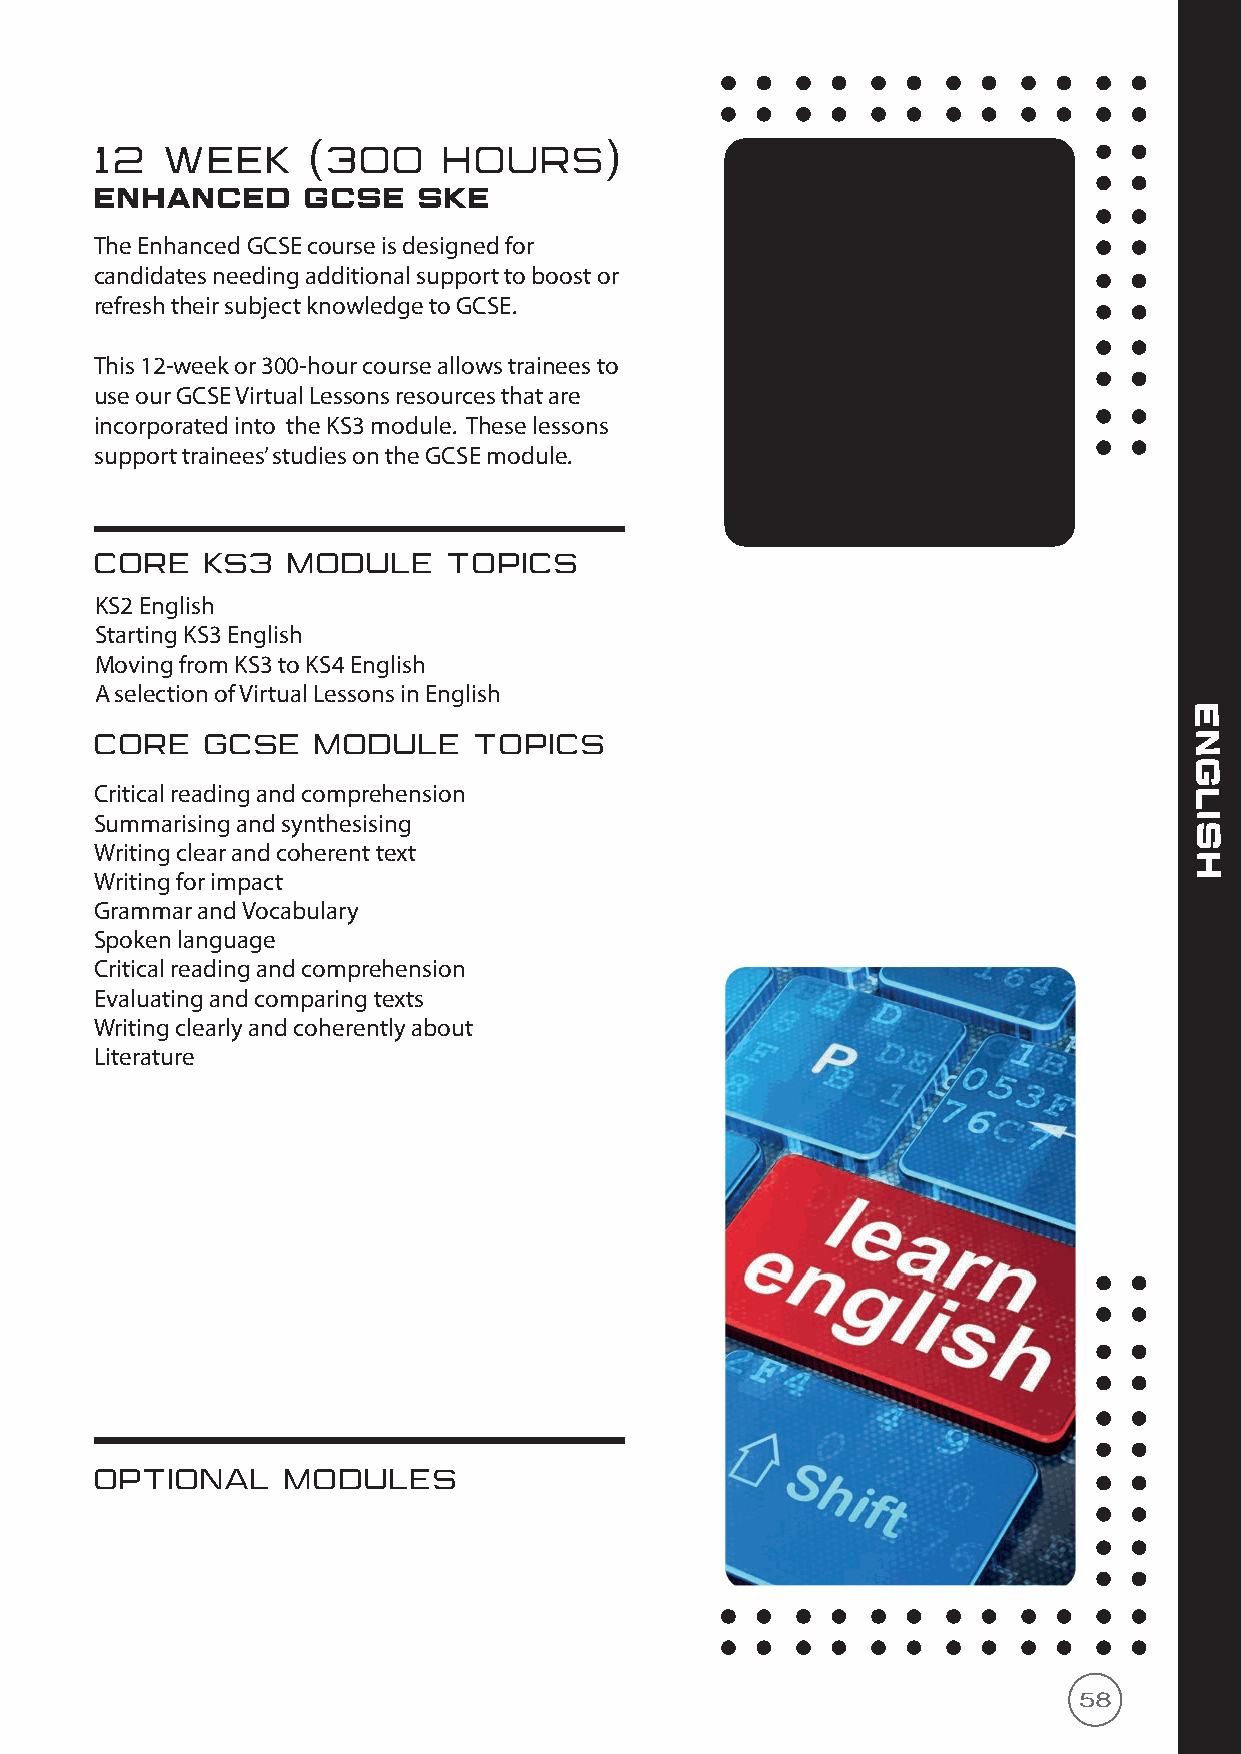
12   WEEK     (300     HOURS)
 enhanced      GCSE    SKE
 The Enhanced GCSE course is designed for
 candidates needing additional support to boost or
 refresh their subject knowledge to GCSE.
 This 12-week or 300-hour course allows trainees to
 use our GCSE Virtual Lessons resources that are
 incorporated into the KS3 module. These lessons
 support trainees’ studies on the GCSE module.
 CORE   KS3   MODULE     TOPICS
 KS2 English
 Starting KS3 English
 Moving from KS3 to KS4 English
 A selection of Virtual Lessons in English
 e
 CORE   GCSE    MODULE    TOPICS                                          n
 g
 Critical reading and comprehension                                       l
 Summarising and synthesising                                             i
 s
 Writing clear and coherent text
 h
 Writing for impact
 Grammar and Vocabulary
 Spoken language
 Critical reading and comprehension
 Evaluating and comparing texts
 Writing clearly and coherently about
 Literature
 OPTIONAL     MODULES
 58